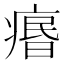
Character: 𤸅